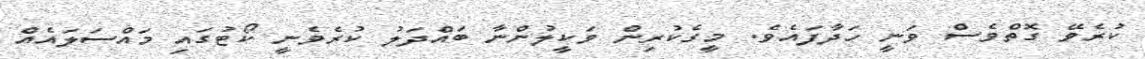
ކުރެވޭ ގޮތްވެސް ވަނީ ހަދާފައެވެ. މީގެކުރިން ވަކީލުންނާ ބައްދަލު ކުރެވެނީ ކޯޓުގައި މައްސަލައެއް